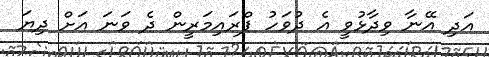
އަދި އޭނާ ވިދާޅުވީ އެ ދުވަހު ޕްރައިމަރީން ދެ ވަނަ އަށް ދިޔަ